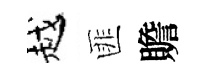
越匪贍